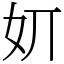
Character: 㚦